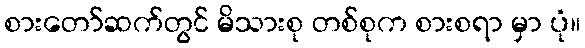
စားတော်ဆက်တွင် မိသားစု တစ်စုက စားစရာ မှာ ပုံ။